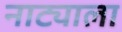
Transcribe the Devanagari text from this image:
नाट्याला